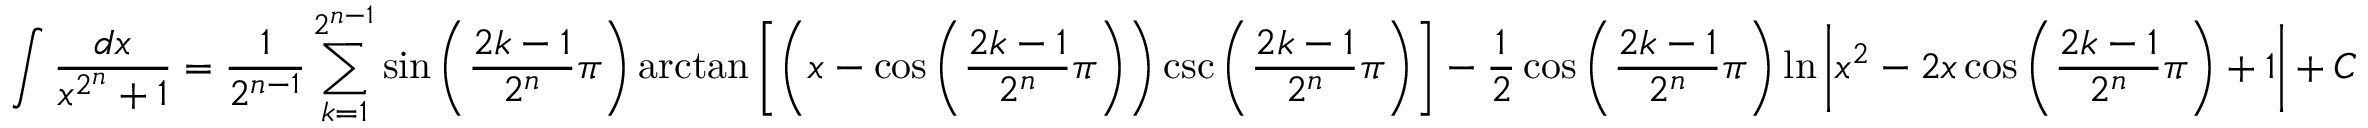
\int { \frac { d x } { x ^ { 2 ^ { n } } + 1 } } = { \frac { 1 } { 2 ^ { n - 1 } } } \sum _ { k = 1 } ^ { 2 ^ { n - 1 } } \sin \left( { \frac { 2 k - 1 } { 2 ^ { n } } } \pi \right) \arctan \left[ \left( x - \cos \left( { \frac { 2 k - 1 } { 2 ^ { n } } } \pi \right) \right) \csc \left( { \frac { 2 k - 1 } { 2 ^ { n } } } \pi \right) \right] - { \frac { 1 } { 2 } } \cos \left( { \frac { 2 k - 1 } { 2 ^ { n } } } \pi \right) \ln \left| x ^ { 2 } - 2 x \cos \left( { \frac { 2 k - 1 } { 2 ^ { n } } } \pi \right) + 1 \right| + C